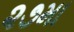
૨૭મા